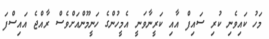
މަހު ކައިވެނި ކުރި ސައިފް އާއި ކަރީނާވަނީ އެމީހުންގެ ހަނީމޫންއަށްވެސް ރާއްޖެ އައިސްފަ